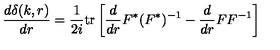
\frac { d \delta ( k , r ) } { d r } = \frac { 1 } { 2 i } \mathrm { t r } \left[ \frac { d } { d r } F ^ { * } ( F ^ { * } ) ^ { - 1 } - \frac { d } { d r } F F ^ { - 1 } \right] \,